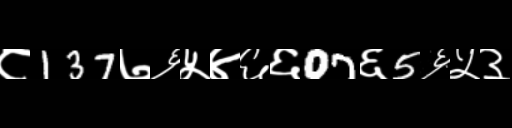
Text: ८137७६५४६६07६5६५३